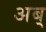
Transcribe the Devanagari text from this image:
अब्